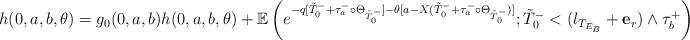
LaTeX: \begin{align*}h(0,a,b,\theta )&=g_0(0,a, b)h(0,a,b, \theta ) +\mathbb{E}\left(e^{-q [\tilde{T}_0^- + \tau_a^- \circ \Theta_{\tilde{T}_0^-}] - \theta [a- X(\tilde{T}_0^- + \tau_a^- \circ \Theta_{\tilde{T}_0^-})]}; \tilde{T}_0^-<(l_{T_{E_B}}+\mathbf{e}_{r}) \wedge\tau_b^+\right). \end{align*}